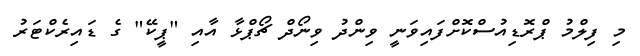
މި ފިލްމު ޕްރޮޑިއުސްކޮށްފައިވަނީ ވިންދު ވިނޯދް ޗޯޕްޅާ އާއި "ޕީކޭ" ގެ ޑައިރެކްޓަރު